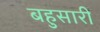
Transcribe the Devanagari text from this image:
बहुसारी